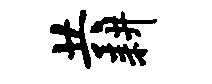
共耕